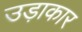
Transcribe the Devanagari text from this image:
उड़ाकार